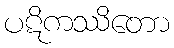
ပဋိကဿိတော